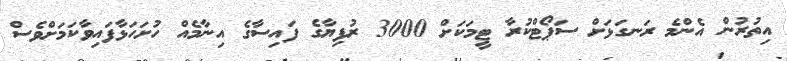
އިތުރުން އެންމެ ރަނގަޅަށް ސަޕޯޓްކުރާ ޓީމަކަށް 3000 ރުފިޔާގެ ފައިސާގެ އިނާމެއް ހުށަހަޅާފައިވާކަމަށްވެސް